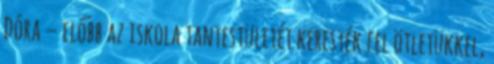
Dóra – előbb az iskola tantestületét keresték fel ötletükkel,